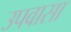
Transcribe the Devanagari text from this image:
उपवासा